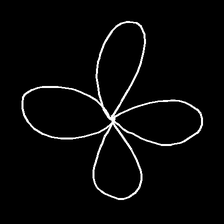
Glyph: billowing